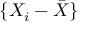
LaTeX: \{ X _ { i } - { \bar { X } } \}